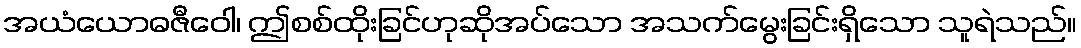
အယံယောဓဇီဝေါ၊ ဤစစ်ထိုးခြင်ဟုဆိုအပ်သော အသက်မွေးခြင်းရှိသော သူရဲသည်။